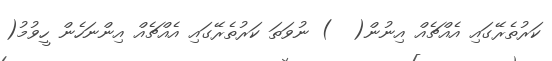
ކަރުތެރޭގައި އެއްޗެއް އިނުން(  ) ނުވަތަ ކަރުތެރޭގައި އެއްޗެއް އިންނަހެން ހީވުމު(